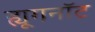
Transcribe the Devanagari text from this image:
ह्यूगनॉट